Annual vaccination report of Bihar and Orissa - 1911-1928
Year: 1911
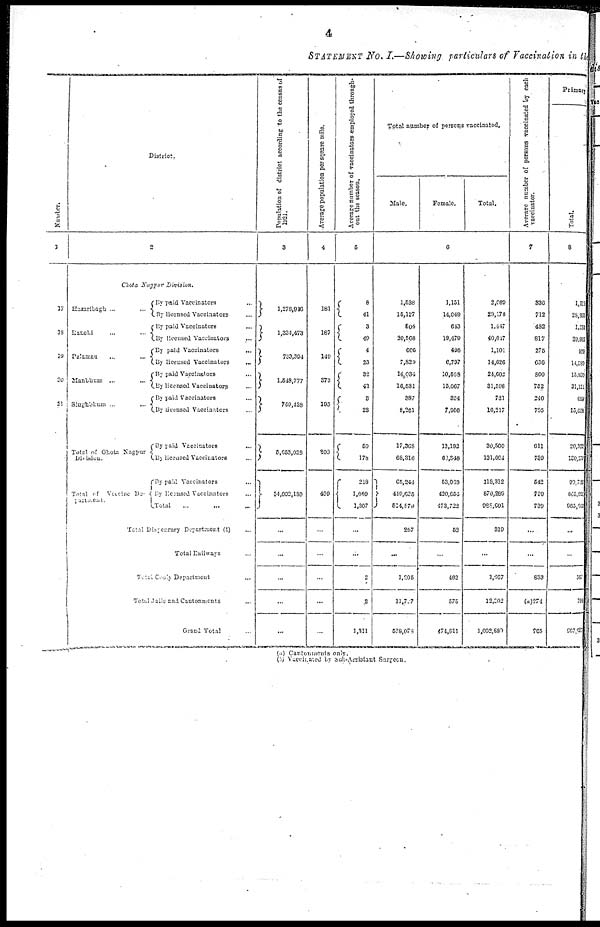
4
STATEMENT No. I.—Showing particulars of Vaccination in the
Number.
1
17
18
19
20
21
1
District.
2
Chota Nagpur Division.
Hazaribagh ... ...
Ranchi ... ...
Palamau ... ...
Manbhum ... ...
Singhbhum ... ...
Total of Ghota Nagpur
Division.
Total of Vaccine De¬
partment.
By paid Vaccinators ...
By licensed Vaccinators ...
By paid Vaccinators ...
By licensed Vaccinators ...
By paid Vaccinators ...
By licensed Vaccinators
...
By paid Vaccinators ...
By licensed Vaccinators ...
By paid Vaccinators ...
By licensed Vaccinators ...
By paid Vaccinators ...
By licensed Vaccinators ...
By paid Vaccinators ...
By licensed Vaccinators ...
Total ... ... ...
Total Dispensary Department (i) ...
Total Railways ...
Total Cooly Department
...
Total Jails and Cantonments ...
Grand Total ...
Population of district according to the census of
1921.
3
1,276,946
1,334,473
733,394
1,548,777
759,438
5,653,028
34,002,189
...
...
...
...
...
Average population per square mile.
4
181
187
149
373
195
208
409
...
...
...
...
...
Average number of vaccinators employed through-
out the season.
5
8
41
3
40
4
23
32
43
3
23
50
178
218
1,089
1,307
...
...
2
2
1,311
Total number of persons vaccinated.
Male.
Female.
Total.
6
1,538
15,127
804
20,568
605
7,829
14,034
16,531
387
8,261
17,368
68,316
65,244
419,625
514,879
267
...
1,205
11,727
528,078
1,151
14,049
643
19,479
496
6,797
10,568
15,067
334
7,956
13,192
62,348
53,068
420,654
473,722
53
...
462
575
474,811
2,089
29,176
1,447
40,017
1,101
14,626
24,602
31,598
721
16,217
30,560
131,664
118,312
870,289
988,601
319
...
1,667
12,302
1,002,889
Average number of persons vaccinated by each
vaccinator.
7
336
712
482
817
275
636
800
752
240
705
611
739
542
799
739
...
...
833
(a)274
765
Primary
Total.
8
1,511
28,900
1,254
39,911
929
14,580
15,930
31,121
690
15,658
20,322
130,177
99, 740
865,920
965,665
...
...
567
794
967,927
(a) Cantonments only.
(b) Vaccinated by Sub-Assistant Surgeon.